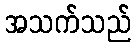
အသက်သည်